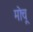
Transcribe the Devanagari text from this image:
मोचू